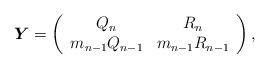
LaTeX: \begin{align*}{\boldsymbol Y} = \left(\begin{array}{cc}Q_n & R_n \\m_{n-1}Q_{n-1} & m_{n-1}R_{n-1}\end{array}\right),\end{align*}